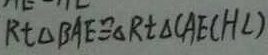
R t \Delta B A E \cong \Delta R t \Delta ( A E C H L )